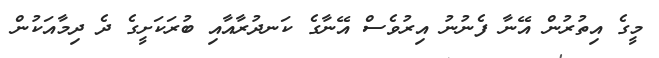
މީގެ އިތުރުން އޭނާ ފެނުނު އިރުވެސް އޭނާގެ ކަނދުރާއާއި ބުރަކަށީގެ ދެ ދިމާއަކުން